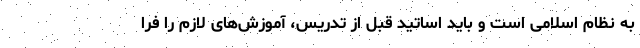
به نظام اسلامی است و باید اساتید قبل از تدریس، آموزش‌های لازم را فرا